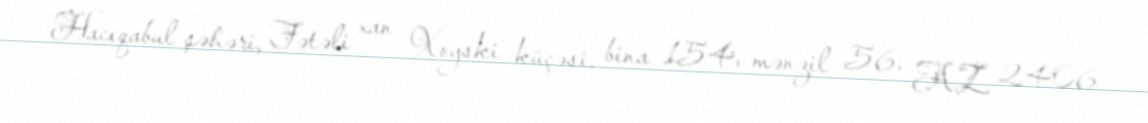
Hacıqabul şəhəri, Fətəli xan Xoyski küçəsi, bina 154, mənzil 56, AZ 2406